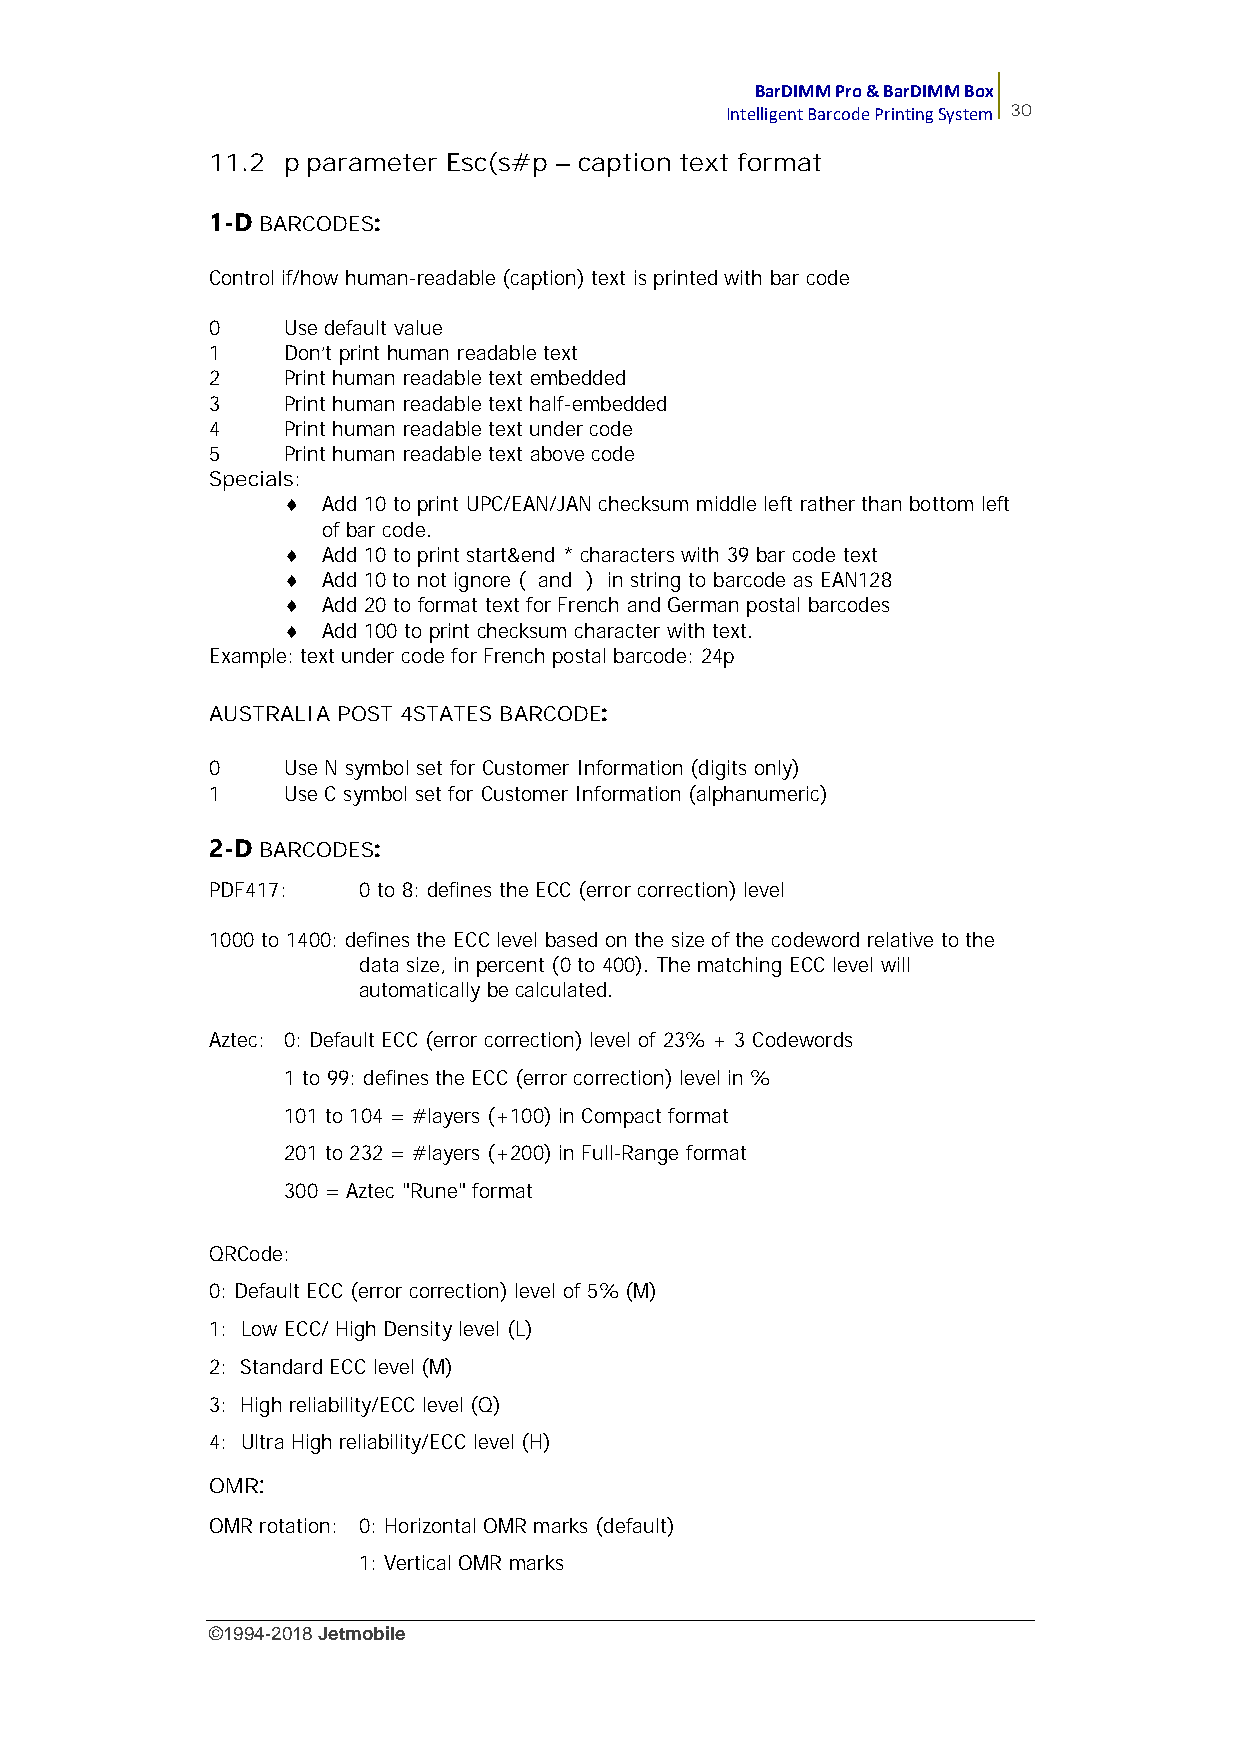
BarDIMM Pro & BarDIMM Box
 Intelligent Barcode Printing System 30
 11.2 p parameter Esc(s#p – caption text format
 1-D BARCODES:
 Control if/how human-readable (caption) text is printed with bar code
 0    Use default value
 1    Don't print human readable text
 2    Print human readable text embedded
 3    Print human readable text half-embedded
 4    Print human readable text under code
 5    Print human readable text above code
 Specials:
  Add 10 to print UPC/EAN/JAN checksum middle left rather than bottom left
 of bar code.
  Add 10 to print start&end * characters with 39 bar code text
  Add 10 to not ignore ( and ) in string to barcode as EAN128
  Add 20 to format text for French and German postal barcodes
  Add 100 to print checksum character with text.
 Example: text under code for French postal barcode: 24p
 AUSTRALIA POST 4STATES BARCODE:
 0    Use N symbol set for Customer Information (digits only)
 1    Use C symbol set for Customer Information (alphanumeric)
 2-D BARCODES:
 PDF417:   0 to 8: defines the ECC (error correction) level
 1000 to 1400: defines the ECC level based on the size of the codeword relative to the
 data size, in percent (0 to 400). The matching ECC level will
 automatically be calculated.
 Aztec: 0: Default ECC (error correction) level of 23% + 3 Codewords
 1 to 99: defines the ECC (error correction) level in %
 101 to 104 = #layers (+100) in Compact format
 201 to 232 = #layers (+200) in Full-Range format
 300 = Aztec "Rune" format
 QRCode:
 0: Default ECC (error correction) level of 5% (M)
 1: Low ECC/ High Density level (L)
 2: Standard ECC level (M)
 3: High reliability/ECC level (Q)
 4: Ultra High reliability/ECC level (H)
 OMR:
 OMR rotation: 0: Horizontal OMR marks (default)
 1: Vertical OMR marks
 ©1994-2018Jetmobile
 E
 r
 r
 o